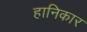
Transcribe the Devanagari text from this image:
हानिकार